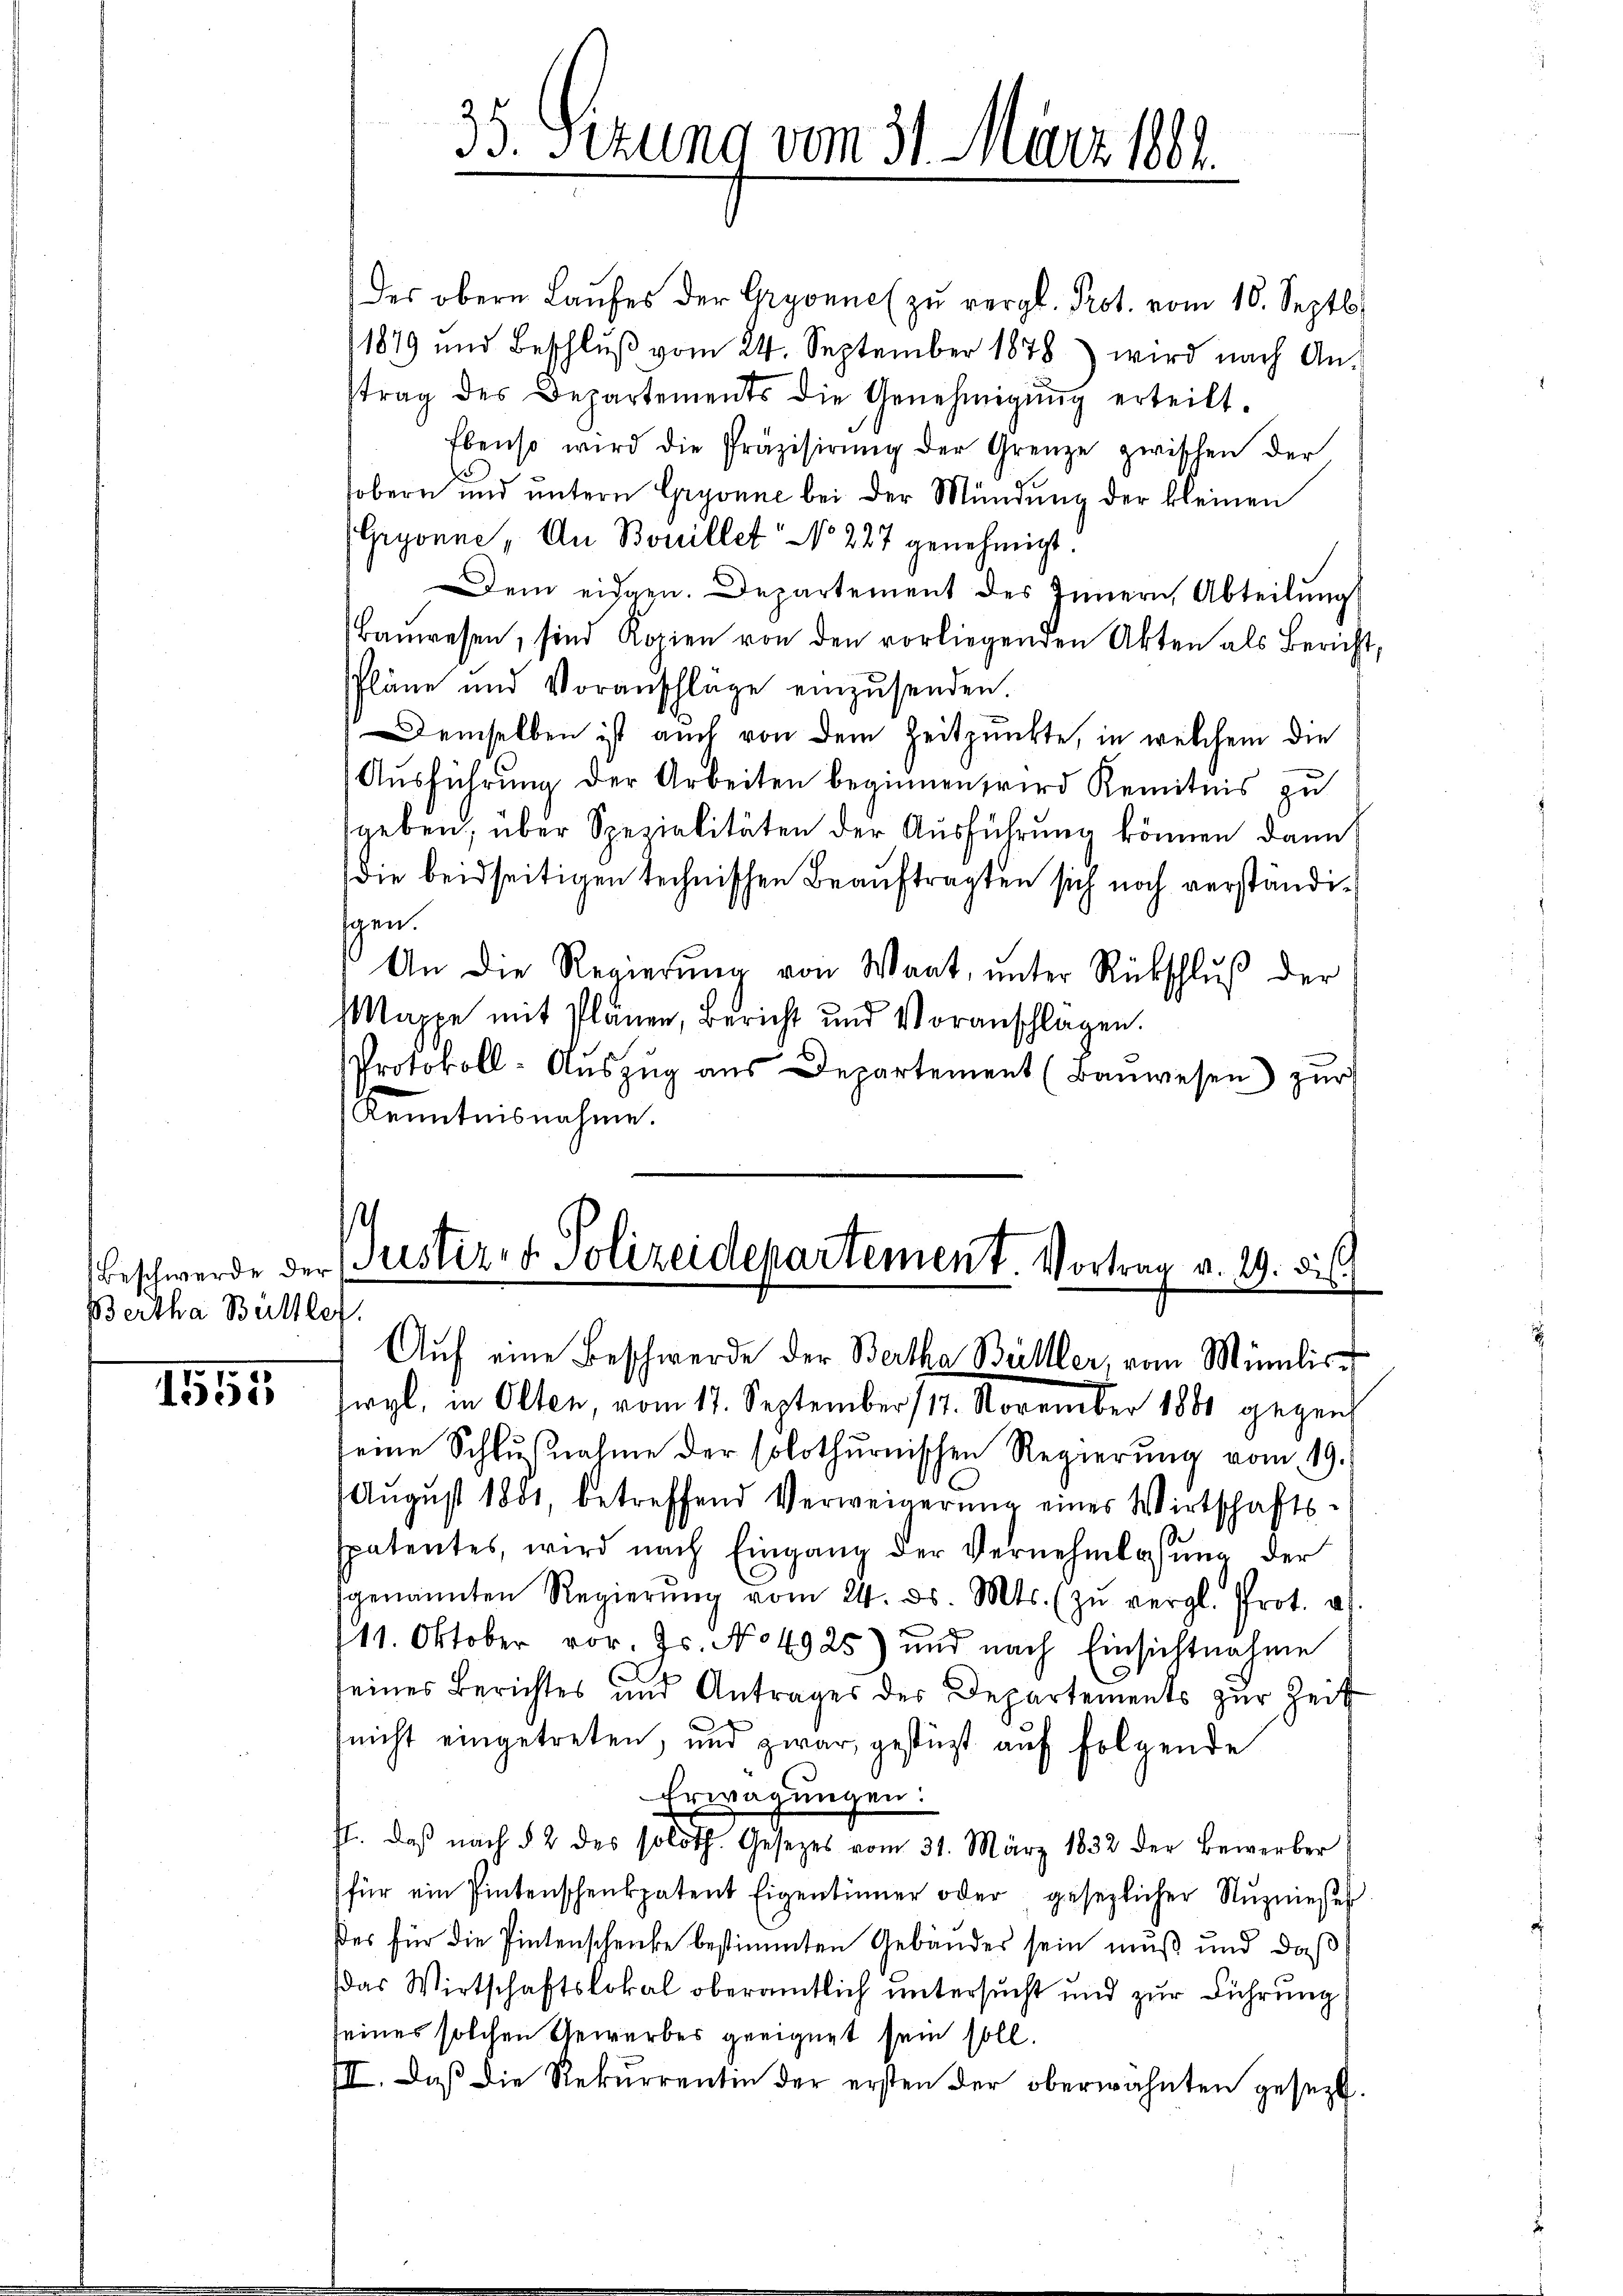
Bertha Bütllet

1555

des obern Laufes der Gryonne zŭ vergl. Prot. vom 16. Septb.
1879 und Beschlŭβ vom 24. September 1878) wird nach An-
trag des Departements die Genehmigŭng erteilt.
Ebenso wird die Präzisirŭng der Grenze zwischen der
sobern und ŭntern Gryonne bei der Mündung der kleinen
Gryonne, An Bouillet No 227 genehmigt.
Dem eidgen. Departement des Innern, Abteilŭng
Baŭwesen, sind Kopien von den vorliegenden Akten als Bericht,
Pläne und Voranschläge einzŭsenden.
Demselben ist auch von dem Zeitpunkte, in welchem die
Ausführung der Arbeiten beginnen wird Kenntnis zu
geben, über Spezialitäten der Ausführung können dann
die beidseitigen technischen Beauftragten sich noch verständigen.
An die Regierŭng von Waat, unter Rückschluß der
Mappe mit Plänen, Bericht und Voranschlägen.
Protokoll-Aŭszŭg ans Departement (Banwesen) zur
Kenntnisnahme.

35. Sezung vom 31. März 1882.

Beschwerde der Bustiz- & Polizeidepartement. Vortrag v. 29. des
Auf eine Beschwerde der Bertha Bülller, vom Minilisswyl, in Olten, vom 17. September 117. November 1880 gegen

seine Schlŭβnahme der solothurnischen Regierŭng vom 19.
August 1881, betreffend Verweigerŭng eines Wirtschafts-
spatentes, wird nach Eingang der Vernehmlassung der
genannten Regierŭng vom 24. ds. Mts. zŭ vergl. Prot. a.
111. Oktober vor. Js. No 4925) und nach Einsichtnahme
eines Berichtes und Antrages der Departements zŭr Zeit
(nicht eingetreten, und zwar, gestüzt auf folgende
Erwägungen:
J. daβ nach § 2 des soloth. Gesetzes vom 31. März 1832 der Bewerber
für ein Pintenschenkpatent Eigentümer oder gesezlicher Nŭznieses
ßes für die Pintenschenke bestimmten Gebäudes sein muß und daß
das Wirtschaftslokal oberamtlich untersucht und zur Führung
seines solchen Gewerbes geeignet sein soll.
III. Daß die Rekurrentin der ersten der oberwähnten gesezt.